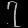
Digit: ၇